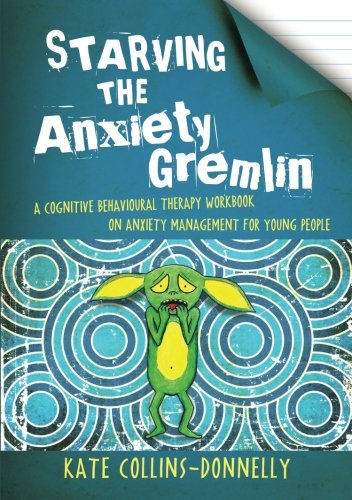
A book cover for Starving the Anxiety Gremlin: A Cognitive Behavioural Therapy Workbook on Anxiety Management for Young People (Gremlin and Thief CBT Workbooks); Kate Collins-Donnelly; Medical Books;